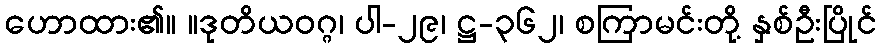
ဟောထား၏။ ။ဒုတိယဝဂ္ဂ၊ ပါ-၂၉၊ ဋ္ဌ-၃၆၂၊ စကြာမင်းတို့ နှစ်ဦးပြိုင်